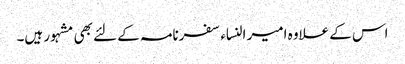
اس کے علاوہ امیر النساء سفرنامہ کے لئے بھی مشہور ہیں۔